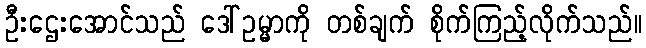
ဦးဌေးအောင်သည် ဒေါ်ဥမ္မာကို တစ်ချက် စိုက်ကြည့်လိုက်သည်။